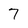
Character: 7